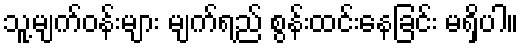
သူ့မျက်ဝန်းများ မျက်ရည် စွန်းထင်းနေခြင်း မရှိပါ။